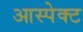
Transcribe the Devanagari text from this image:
आस्पेक्ट